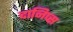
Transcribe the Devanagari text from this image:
दानिप्स